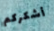
أشكركم